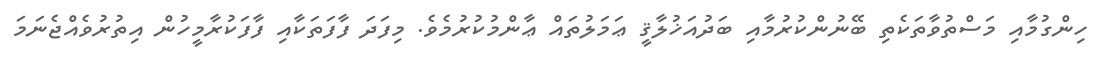
ހިންގުމާއި މަސްތުވާތަކެތި ބޭނުންކުރުމާއި ބަދުއަޚުލާޤީ ޢަމަލުތައް ޢާންމުކުރުމެވެ. މިފަދަ ފާފަތަކާއި ފާފަކުރާމީހުން އިތުރުވެއްޖެނަމަ